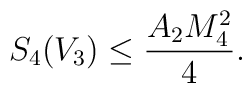
S_4(V_3) \leq \frac{A_2 M_4^2}{4}.